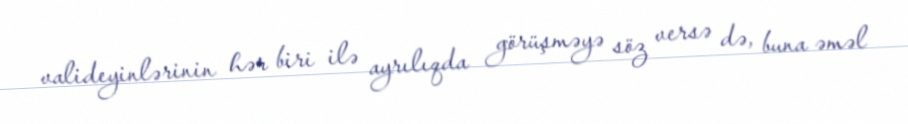
valideyinlərinin hər biri ilə ayrılıqda görüşməyə söz versə də, buna əməl